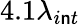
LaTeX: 4.1\lambda_{i\mathsf{n}t}